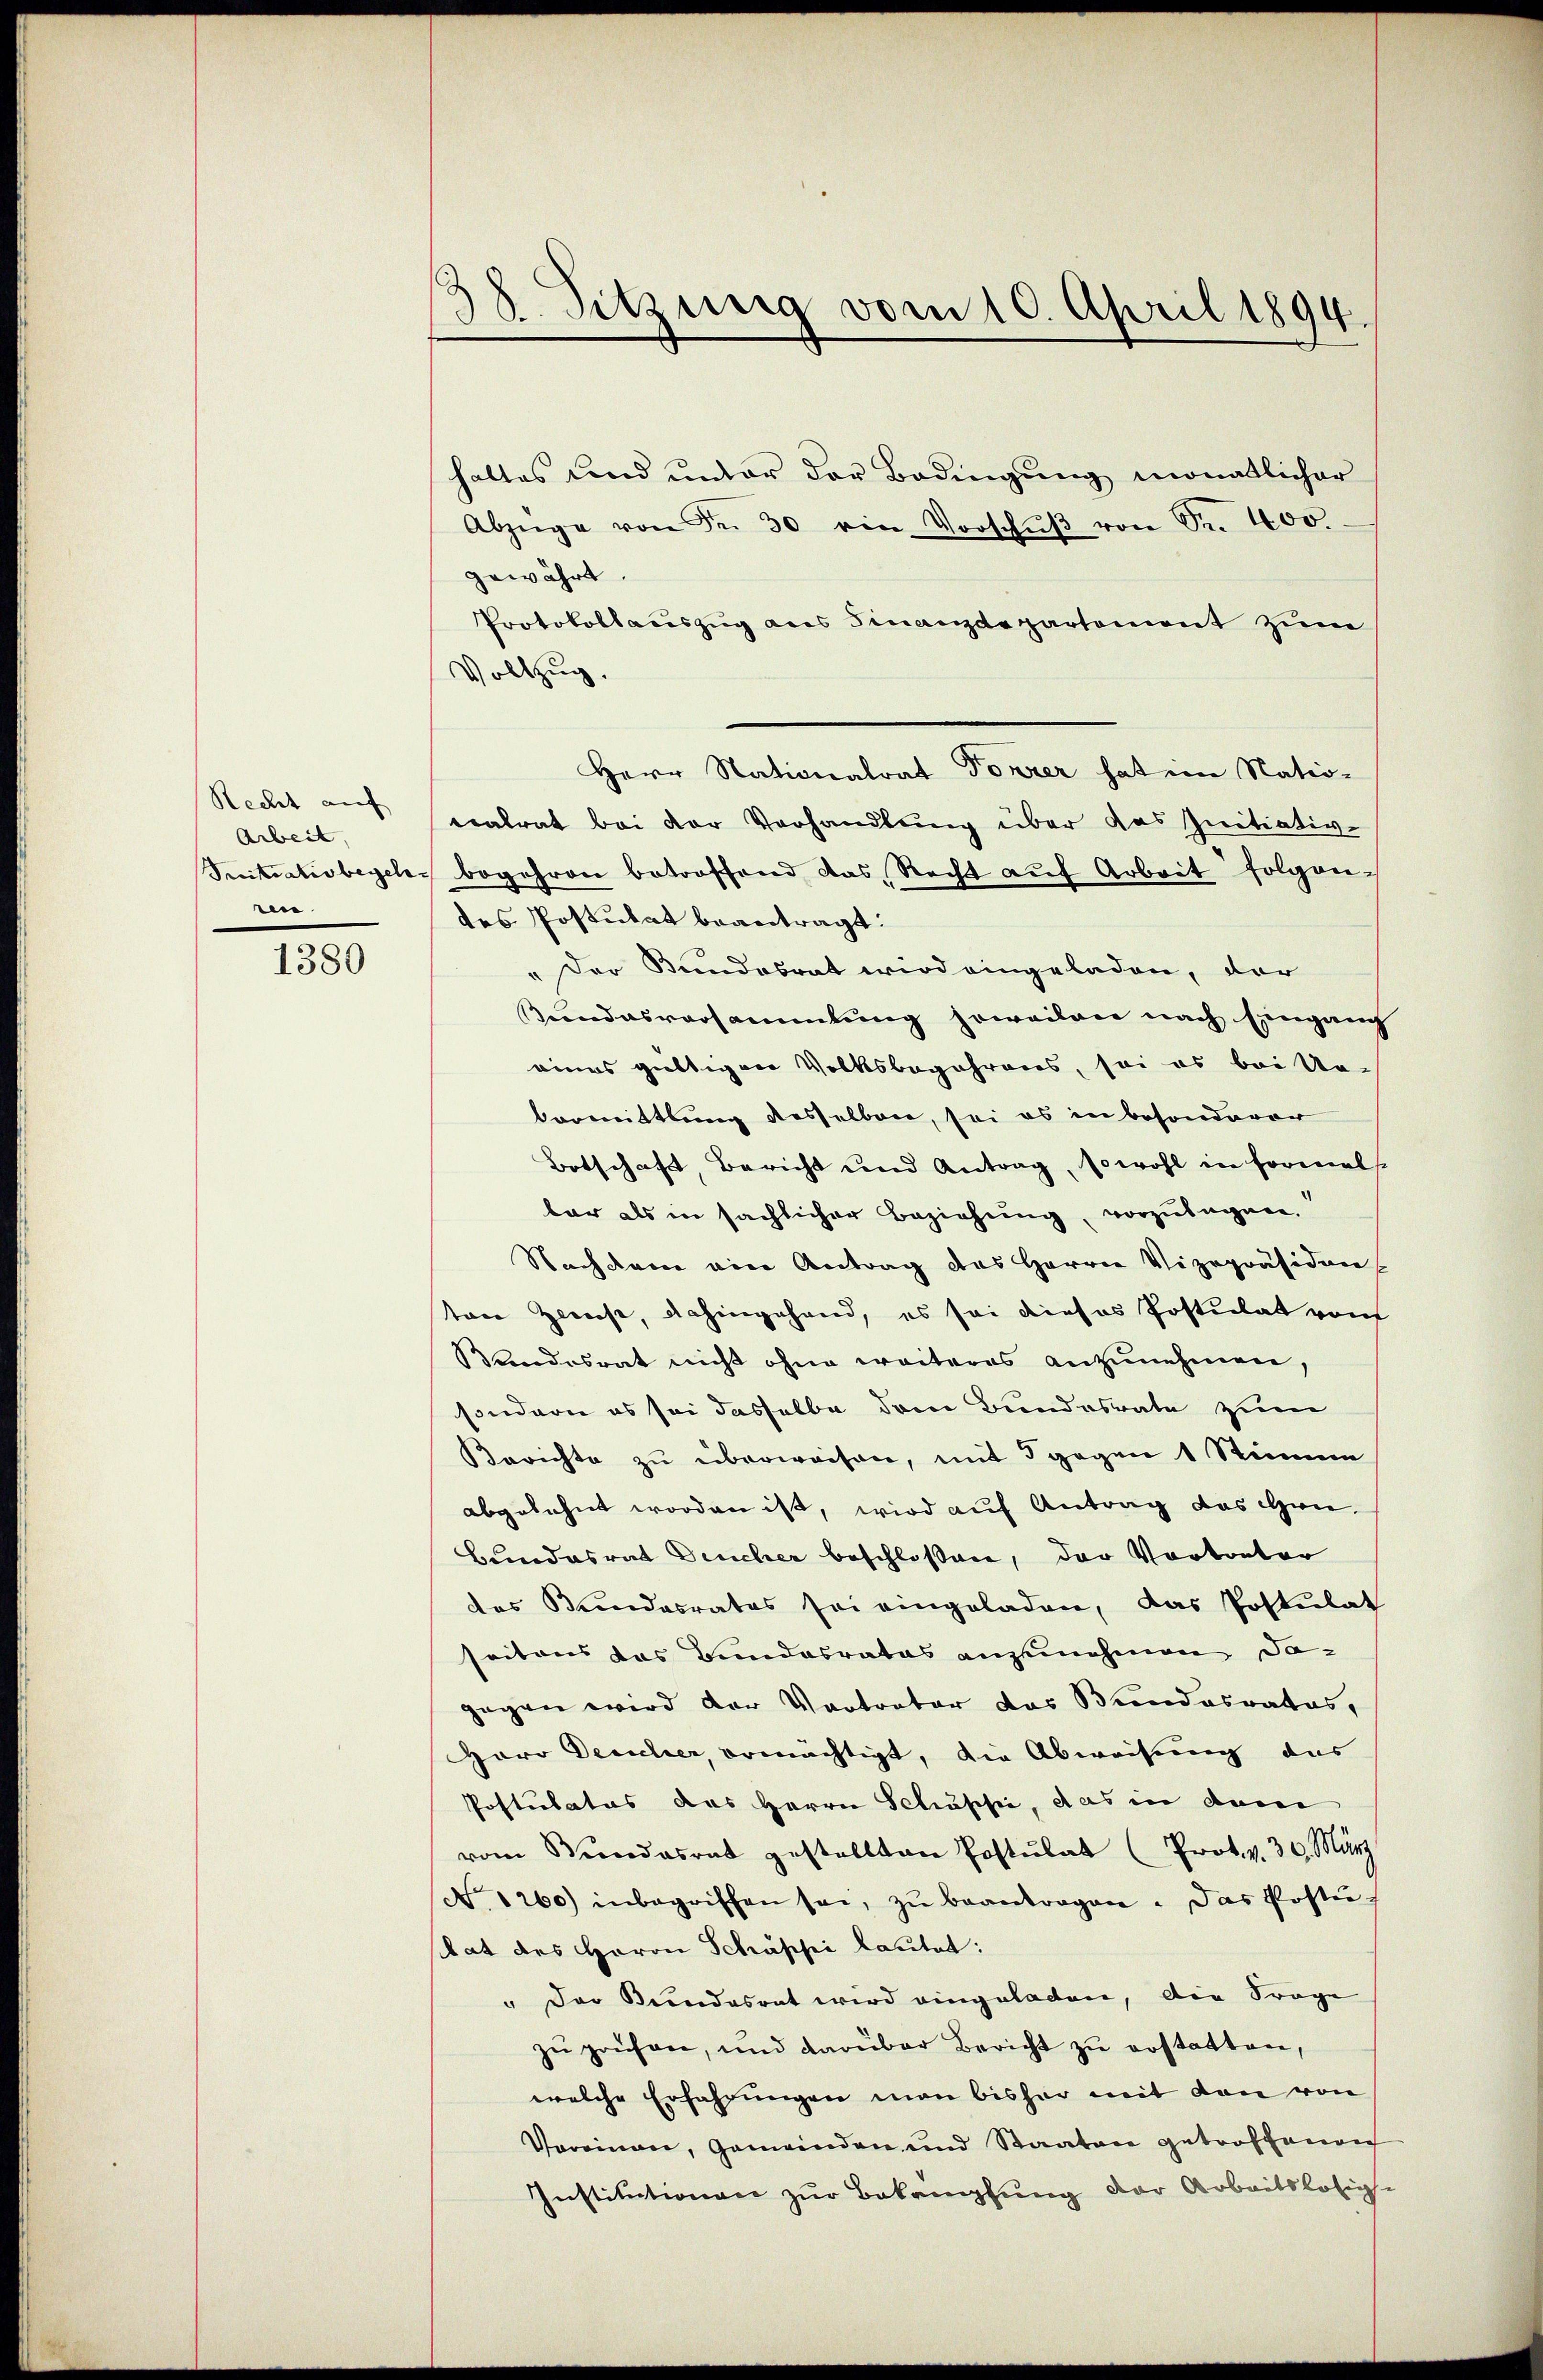
Recht auf
Arbeit
Initiativbegeln
rn.

1380

18. Sitzung vom 10. April 1894.

haltes und unter der Bedingung monatlicher
Abzüge von Fr. 30 ein Vorschŭβ von Sr. 400.
gewährt.
Protokollauszug aus Finanzdepartement zum
Vollzug.
Herr Nationalrat Forrer hat im Natio-
nalrat bei der Verhandlung über das Initiativ-
begehren betroffend das Recht aŭf Arbeit folgen-
des Postulat beantragt:
Der Bundesrat wird eingeladen, der
Pendesversammlung soweilen nach Eingang
eines gültigen Volksbegehrens, sei es bei Re-
Vormittlung desselben, sei es in besonderer
Botschaft, Bericht und Antrag, sowohl in Formals
bar als in sächlicher Beziehung, vorzulagen.
Nachdem ein Antrag des Herrn Vizepräsiden
ton Zweise, dahingehand, es sei dieses Postulat von
Bundesrat nicht ohne weiteres anzunehmen,
sondern es sei dasselbe dem Bundesrate zum
Berichte zu überweisen, mit gegen 1 Stimme
abgelehnt worden ist, wird auf Antrag das Gen
Bundesrat Deucher beschloßen, der Vortreter
das Bundesrates sei eingeladen, das Postulat
seitens das Bundesrates anzunehmen dagegen wird der Vertreter das Bundesrates,
Herr Deculier, ermächtigt, die Abweisung das
Postulatus des Herrn Schusse, das in dem
vom Bŭndesrat gestellten Postulat (Prot. v. 30. März
No 1260) inbegriffen sei, zŭ beantragen. Das Posti-
shat des Herrn Schäppi lautet:
" Der Kundesrat wird eingeladen, die Frage
zŭ prüfen, und darüber Bericht zŭ erstatten,
welche Erfahrungen man bisher mit den von
Vereinau, Gemeinden und Staaten getroffenen
Institutionen zur Bekämpfung der Arbeitslosig-